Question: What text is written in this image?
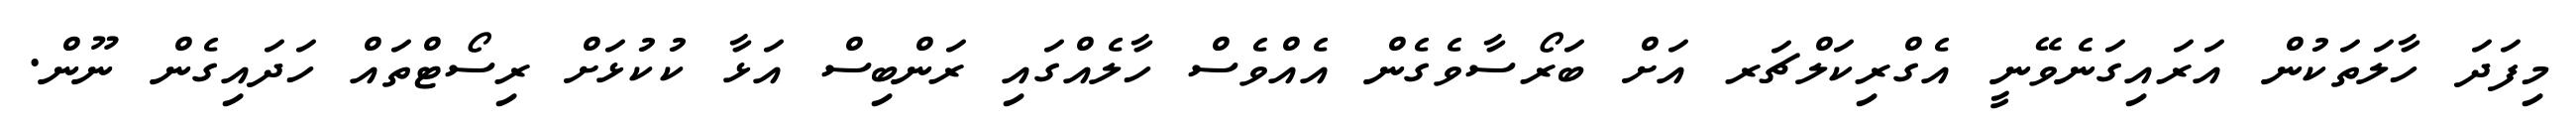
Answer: މިފަދަ ހާލަތަކުން އަރައިގަނެވޭނީ އެގްރިކަލްޗަރ އަށް ބަރޯސާވެގެން އެއްވެސް ހާލެއްގައި ރަންބިސް އަޅާ ކުކުޅަށް ރިސޯޓްތައް ހަދައިގެން ނޫން.